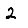
Digit: 2